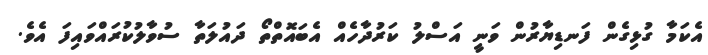
އެކަމާ ގުޅިގެން ފަނޑިޔާރުން ވަނީ އަސްލު ކަރުދާހެއް އެބައޮތްތޯ ދައުލަތާ ސުވާލުކުރައްވައިފަ އެވެ.